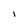
Character: I